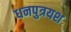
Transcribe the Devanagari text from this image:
धनपुत्रयश